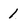
Character: 1